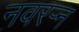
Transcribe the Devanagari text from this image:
नवरर्‍न